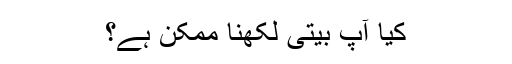
کیا آپ بیتی لکھنا ممکن ہے؟